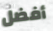
أفضل